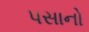
પસાનો